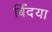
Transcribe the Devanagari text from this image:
बिँदया